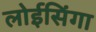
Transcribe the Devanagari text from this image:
लोईसिंगा